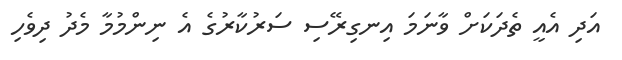
އަދި އެއީ ތެދަކަށް ވާނަމަ އިނގިރޭސި ސަރުކާރުގެ އެ ނިންމުމާ މެދު ދިވެހި